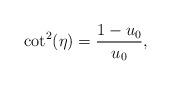
LaTeX: \begin{align*}\cot^2(\eta) = \frac{1-u_0}{u_0}, \end{align*}